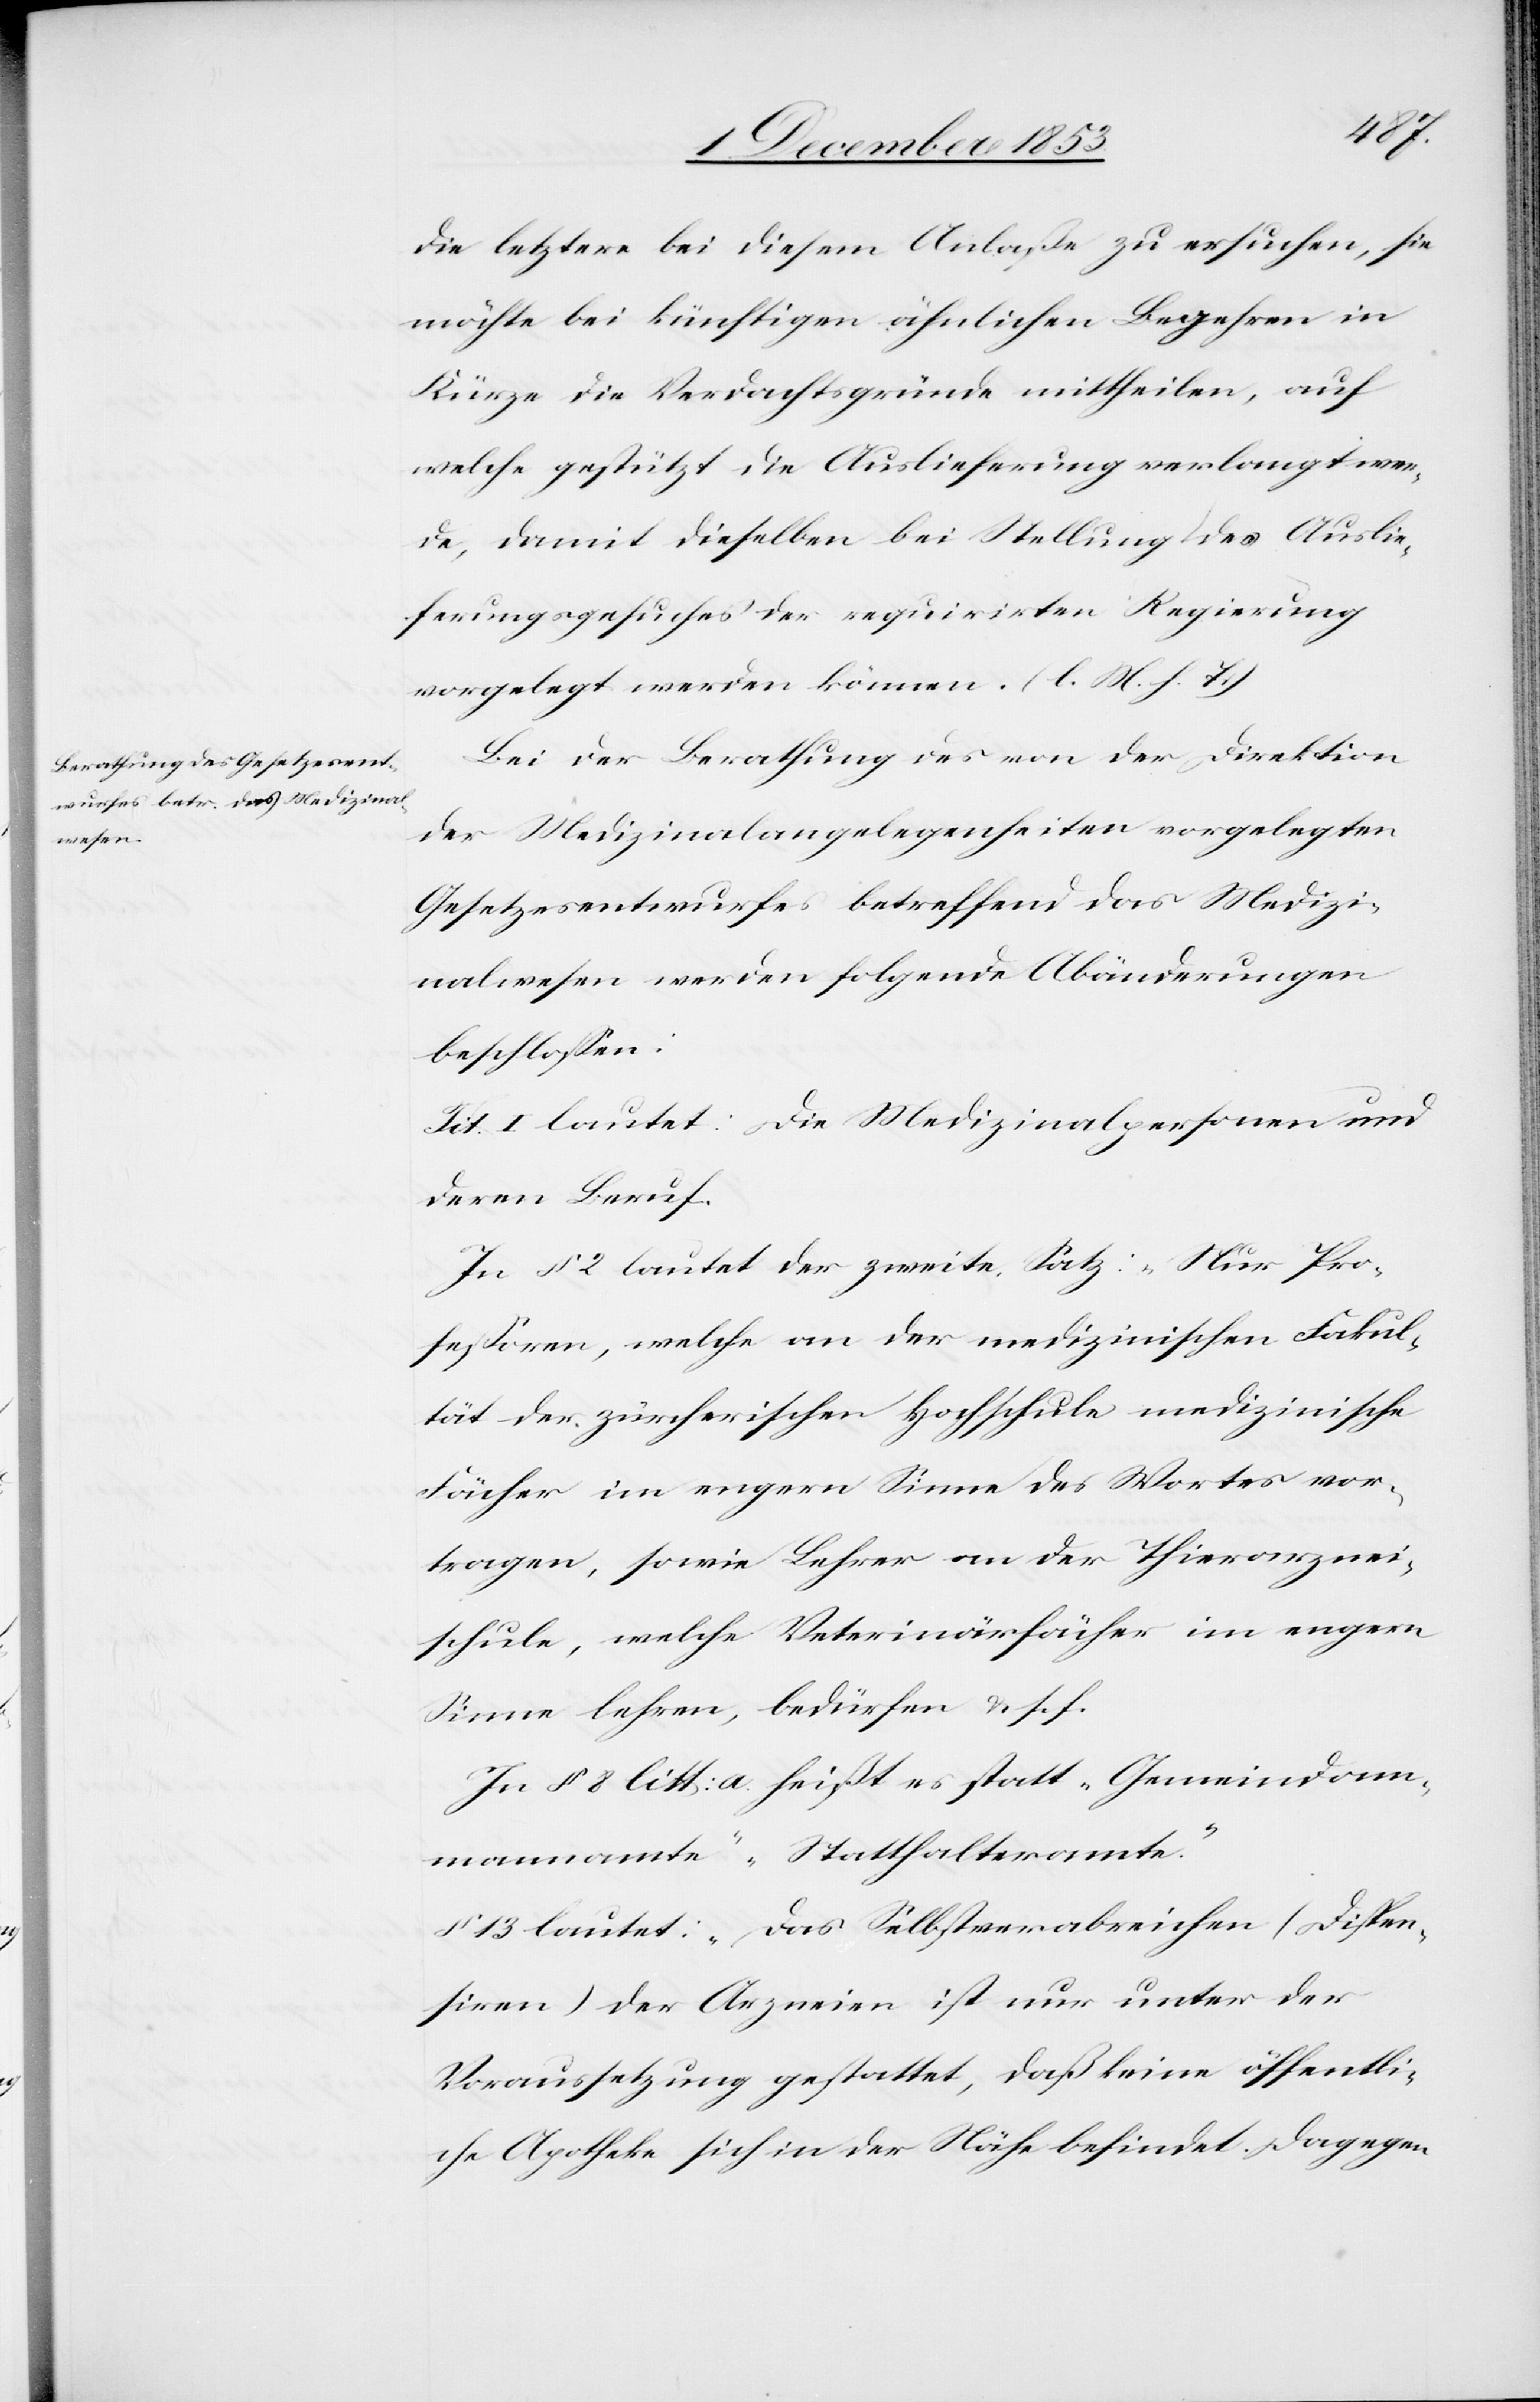
die letztere bei diesem Anlaße zu ersuchen, sie
wählte bei künftigen ähnlichen Begehren in
Kürze die Verdachtsgründe mittheilen, auf
welche gestützt die Auslieferung verlangt wer¬
de, damit dieselben bei Stellung des Auslie¬
ferungsgesuches der requirirten Regierung
vorgelegt werden können. [l. M. h. T]
Bei der Berathung der von der Direktion
der Medizinalangelegenheiten vorgelegten
Gesetzesentwurfes betreffend das Medizi¬
nalwesen werden folgende Abänderungen
beschloßen:
Tit. l lautet: Die Medizinalpersonen und
deren Beruf.
In § 2 lautet der zweite Satz: „Nur Pro¬
feßoren, welche an der medizinischen Fakul¬
tät der zürcherischen Hochschule medizinische
Fächer im engern Sinne des Wortes vor¬
tragen, sowie Lehrer an die Thierarznei¬
schule, welche Veterinärfächer im engern
Sinne lehren, bedürfen u. s. f.
In § 8 litt: a heißt es statt „Gemeindam¬
mannamte“ „Statthalteramte“.
§ 13 lautet: „Das Selbstverabreichen (Dispen¬
siren) der Arzneien ist nur unter der
Voraussetzung gestattet, daß keine öffentli¬
che Apotheke sich in der Nähe befindet. Dagegen